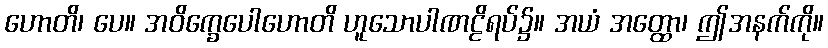
ဟောတိ၊ ပေ။ အဝိက္ခေပေါဟောတိ ဟူသောပါဏဠိရပ်၌။ အယံ အတ္ထော၊ ဤအနက်ကို။